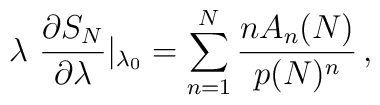
\lambda \ { \partial S_{N} \over \partial \lambda}|_{\lambda_0} = \sum_{n=1}^{N} {n A_n(N) \over p(N)^n} \, ,